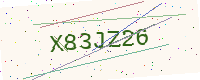
Text: X83JZ26